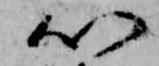
以